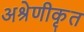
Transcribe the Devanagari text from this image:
अश्रेणीकृत